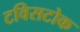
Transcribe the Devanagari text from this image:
टविसटोक